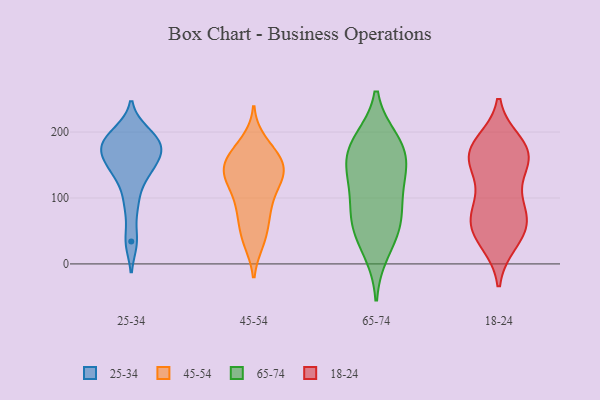
{"axis": {"x": "Conversion Rate (%)", "y": "Value"}, "legend": ["18-24", "25-34", "45-54", "65-74"], "data": [{"x": "", "y": 34, "type": "25-34"}, {"x": "", "y": 90, "type": "25-34"}, {"x": "", "y": 173, "type": "25-34"}, {"x": "", "y": 194, "type": "25-34"}, {"x": "", "y": 142, "type": "25-34"}, {"x": "", "y": 179, "type": "25-34"}, {"x": "", "y": 200, "type": "25-34"}, {"x": "", "y": 173, "type": "25-34"}, {"x": "", "y": 132, "type": "25-34"}, {"x": "", "y": 159, "type": "25-34"}, {"x": "", "y": 77, "type": "45-54"}, {"x": "", "y": 82, "type": "45-54"}, {"x": "", "y": 185, "type": "45-54"}, {"x": "", "y": 146, "type": "45-54"}, {"x": "", "y": 130, "type": "45-54"}, {"x": "", "y": 137, "type": "45-54"}, {"x": "", "y": 72, "type": "45-54"}, {"x": "", "y": 147, "type": "45-54"}, {"x": "", "y": 166, "type": "45-54"}, {"x": "", "y": 124, "type": "45-54"}, {"x": "", "y": 147, "type": "45-54"}, {"x": "", "y": 154, "type": "45-54"}, {"x": "", "y": 177, "type": "45-54"}, {"x": "", "y": 116, "type": "45-54"}, {"x": "", "y": 35, "type": "45-54"}, {"x": "", "y": 45, "type": "45-54"}, {"x": "", "y": 127, "type": "45-54"}, {"x": "", "y": 34, "type": "45-54"}, {"x": "", "y": 160, "type": "45-54"}, {"x": "", "y": 96, "type": "45-54"}, {"x": "", "y": 177, "type": "65-74"}, {"x": "", "y": 103, "type": "65-74"}, {"x": "", "y": 149, "type": "65-74"}, {"x": "", "y": 179, "type": "65-74"}, {"x": "", "y": 67, "type": "65-74"}, {"x": "", "y": 60, "type": "65-74"}, {"x": "", "y": 20, "type": "65-74"}, {"x": "", "y": 58, "type": "65-74"}, {"x": "", "y": 186, "type": "65-74"}, {"x": "", "y": 122, "type": "65-74"}, {"x": "", "y": 148, "type": "65-74"}, {"x": "", "y": 66, "type": "18-24"}, {"x": "", "y": 39, "type": "18-24"}, {"x": "", "y": 147, "type": "18-24"}, {"x": "", "y": 84, "type": "18-24"}, {"x": "", "y": 34, "type": "18-24"}, {"x": "", "y": 171, "type": "18-24"}, {"x": "", "y": 160, "type": "18-24"}, {"x": "", "y": 75, "type": "18-24"}, {"x": "", "y": 165, "type": "18-24"}, {"x": "", "y": 182, "type": "18-24"}, {"x": "", "y": 111, "type": "18-24"}, {"x": "", "y": 173, "type": "18-24"}, {"x": "", "y": 63, "type": "18-24"}, {"x": "", "y": 164, "type": "18-24"}, {"x": "", "y": 54, "type": "18-24"}]}